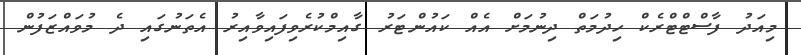
މިއަދު ފާސްޓްޓްރެކް ހިދުމަތް ދިނުމަށް އެއް ކައުންޓަރު ގާއިމްކުރެވިފައިވާއިރު އެތަނުގައި ދެ މުވައްޒަފުން